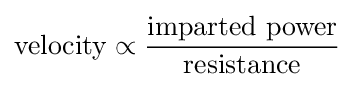
{\text{velocity}}\propto {\frac {\text{imparted  power}}{\text{resistance}}}